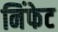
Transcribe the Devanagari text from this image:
निंफेट